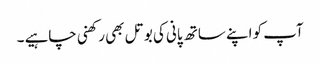
آپ کو اپنے ساتھ پانی کی بوتل بھی رکھنی چاہیے ۔